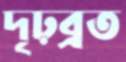
দৃঢ়ব্রত